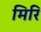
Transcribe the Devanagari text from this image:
मिरि